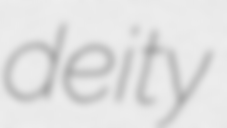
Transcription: deity